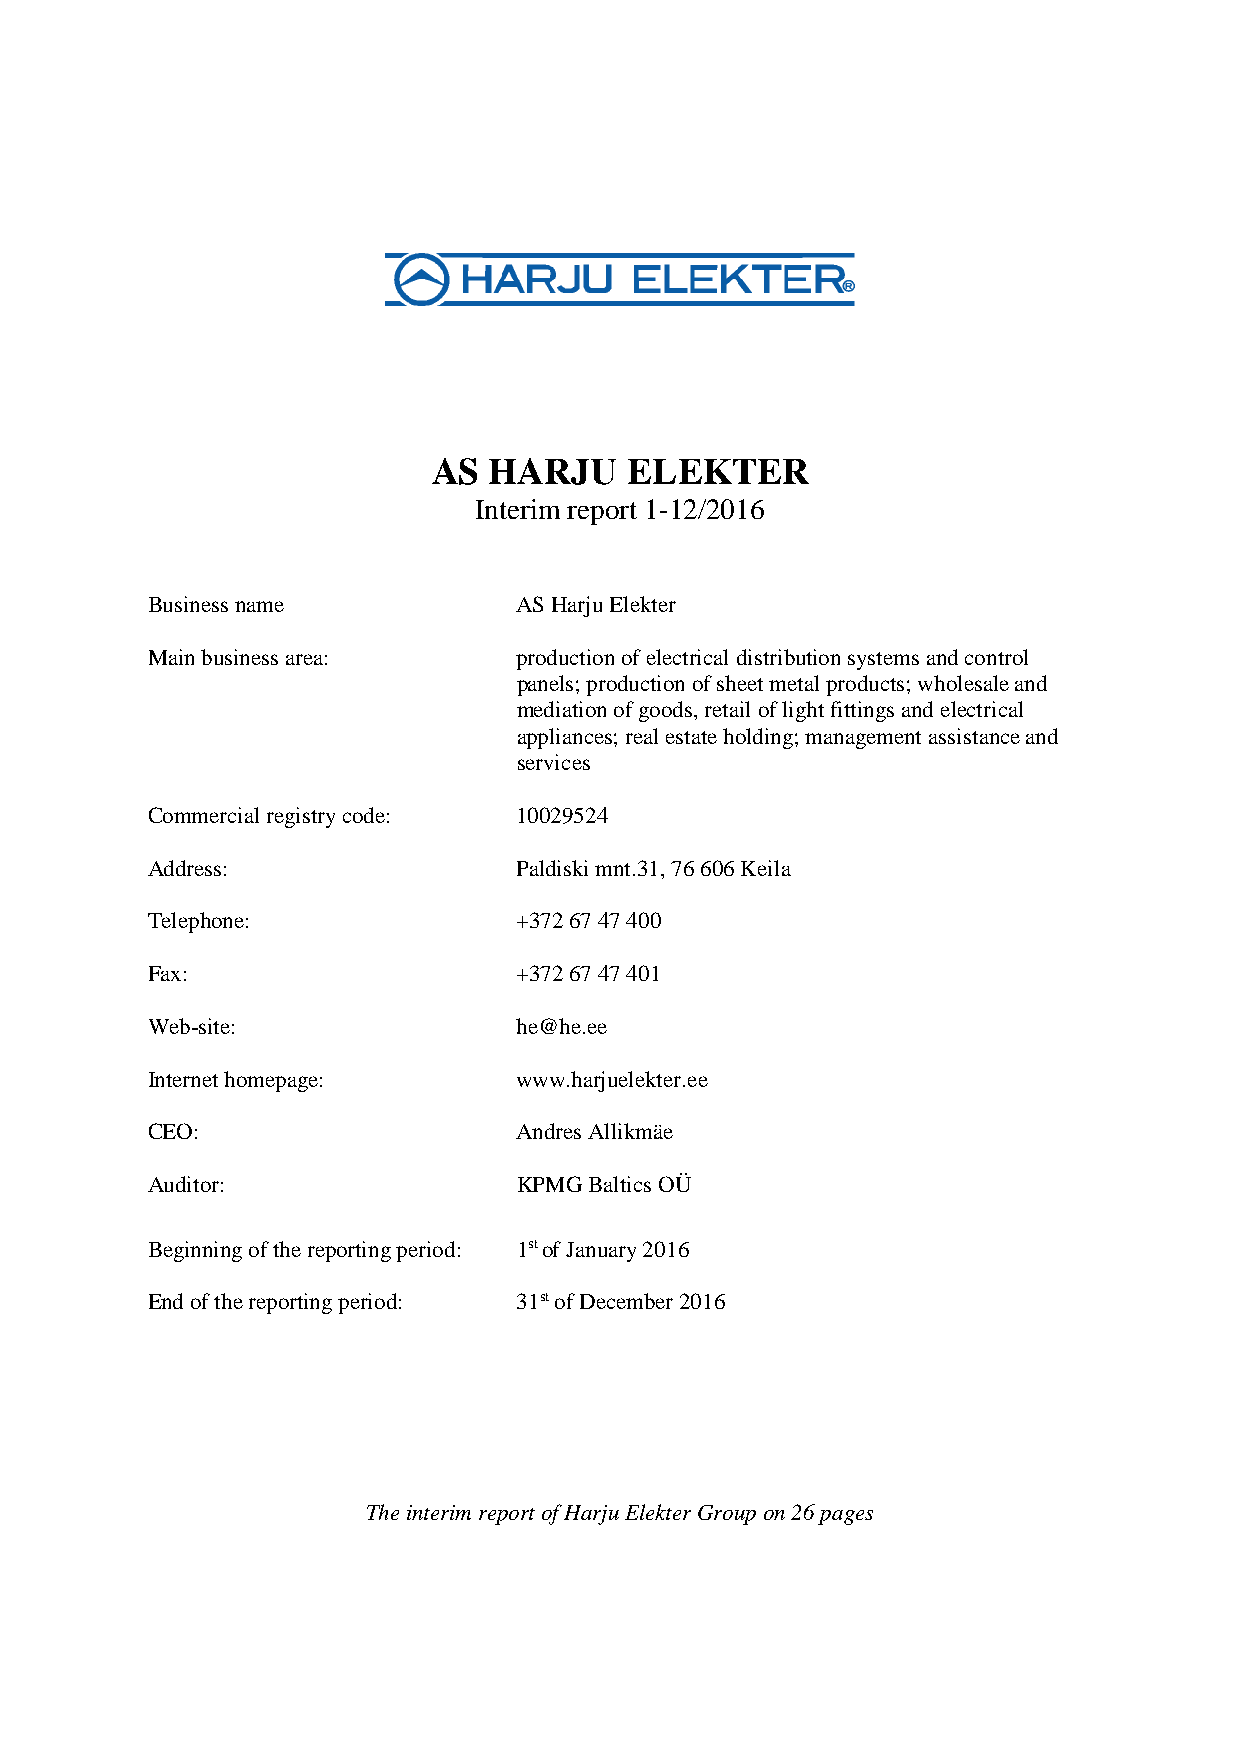
AS HARJU     ELEKTER
 Interim report 1-12/2016
 Business name           AS Harju Elekter
 Main business area:     production of electrical distribution systems and control
 panels; production of sheet metal products; wholesale and
 mediation of goods, retail of light fittings and electrical
 appliances; real estate holding; management assistance and
 services
 Commercial registry code: 10029524
 Address:                Paldiski mnt.31, 76 606 Keila
 Telephone:              +372 67 47 400
 Fax:                    +372 67 47 401
 Web-site:               he@he.ee
 Internet homepage:      www.harjuelekter.ee
 CEO:                    Andres Allikmäe
 Auditor:                KPMG Baltics OÜ
 Beginning of the reporting period: 1st of January 2016
 End of the reporting period: 31st of December 2016
 The interim report of Harju Elekter Group on 26 pages